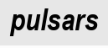
pulsars